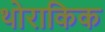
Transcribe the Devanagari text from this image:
थोराकिक